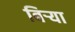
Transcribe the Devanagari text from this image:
बिर्‍या